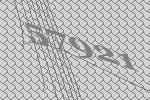
57921